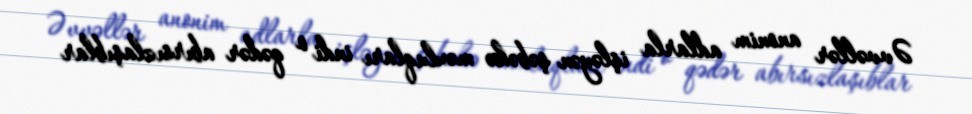
Əvvəllər anonim adlarla işləyən şəbəkə məxluqları indi o qədər abırsızlaşıblar